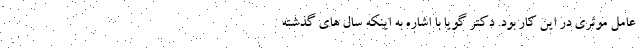
عامل موثری در این کار بود. دکتر گویا با اشاره به اینکه سال های گذشته